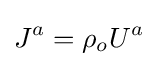
J^{a}=\rho _{o}U^{a}